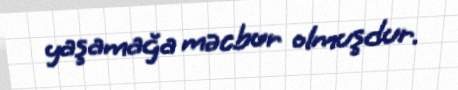
yaşamağa məcbur olmuşdur.